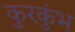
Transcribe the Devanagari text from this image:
कुरकुंभ